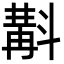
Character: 斠